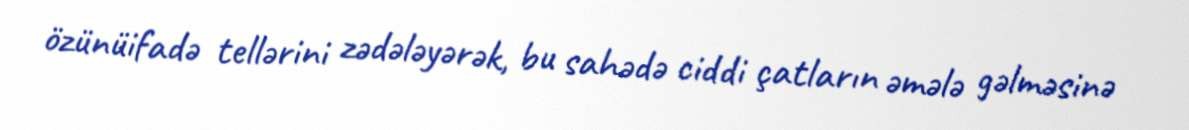
özünüifadə tellərini zədələyərək, bu sahədə ciddi çatların əmələ gəlməsinə